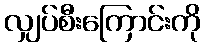
လျှပ်စီးကြောင်းကို